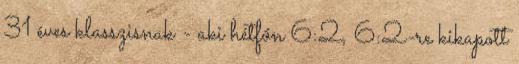
31 éves klasszisnak - aki hétfőn 6:2, 6:2-re kikapott